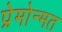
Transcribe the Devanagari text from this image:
प्रेमोन्मत